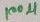
Text: 100µ